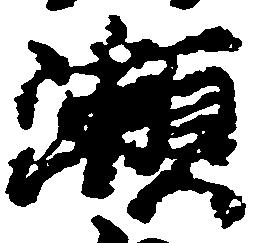
瀬